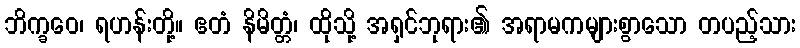
ဘိက္ခဝေ၊ ရဟန်းတို့။ ဧတံ နိမိတ္တံ၊ ထိုသို့ အရှင်ဘုရား၏ အရာမကများစွာသော တပည့်သား